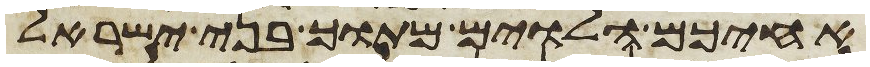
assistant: אחיכם הלוים מתוך בני ישראל